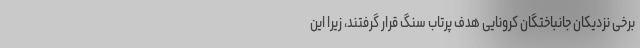
برخی نزدیکان جانباختگان کرونایی هدف پرتاب سنگ قرار گرفتند، زیرا این